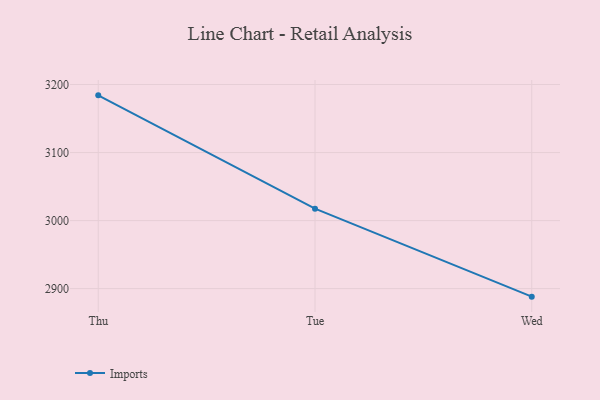
{"axis": {"x": "Day", "y": "Customer Acquisition Cost (USD)"}, "legend": ["Imports"], "data": [{"x": "Thu", "y": 3184.1, "type": "Imports"}, {"x": "Tue", "y": 3017.5, "type": "Imports"}, {"x": "Wed", "y": 2888.2, "type": "Imports"}]}